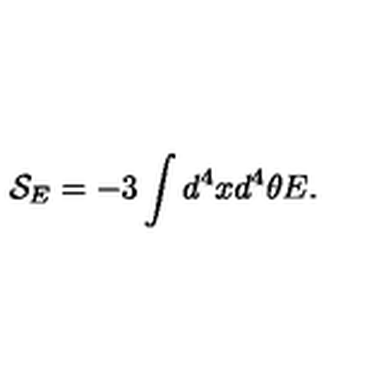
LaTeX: { \mathcal { S } } _ { E } = - 3 \int { d ^ { 4 } x d ^ { 4 } \theta E } .